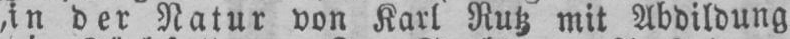
,in der Natur von Karl Rutz mit Abdildung